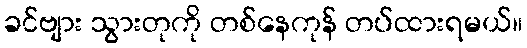
ခင်ဗျား သွားတုကို တစ်နေကုန် တပ်ထားရမယ်။